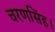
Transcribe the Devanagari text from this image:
चरणसिंह।